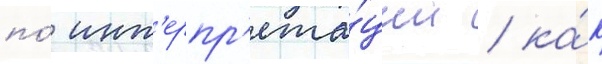
по́ инт'ерпр'ета́ции / ка́к